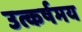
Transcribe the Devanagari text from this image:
उत्कर्षमय